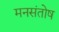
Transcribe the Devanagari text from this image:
मनसंतोष